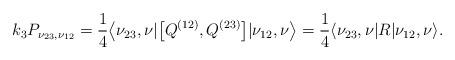
LaTeX: \begin{gather*}k_3 P_{\nu_{23}, \nu_{12}} = \frac14\big\langle \nu_{23}, \nu| \big[Q^{(12)}, Q^{(23)}\big]|\nu_{12}, \nu\big\rangle = \frac14\langle \nu_{23}, \nu| R |\nu_{12}, \nu\rangle . \end{gather*}